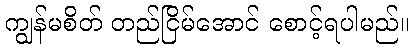
ကျွန်မစိတ် တည်ငြိမ်အောင် စောင့်ရပါမည်။